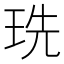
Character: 珗